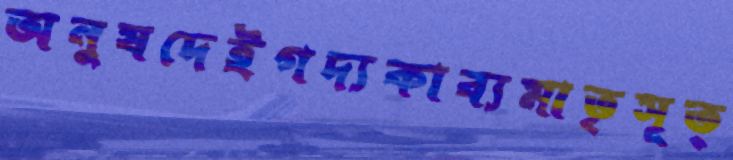
অনুষদেইগদ্যকাব্যমাতৃসূত্